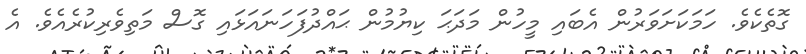
ގޮތެކެވެ. ހަމަކަށަވަރުން އެބައި މީހުން މަދަޙަ ކިޔުމުން ޙައްދުފަހަނައަޅައި ގޮސް މަތިވެރިކުރެއެވެ. އެ